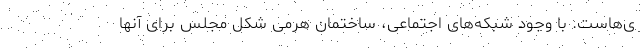
ی‌هاست. با وجود شبکه‌های اجتماعی، ساختمان هرمی شکل مجلس برای آنها